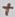
Text: +